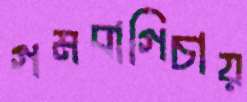
গমবাগিচায়